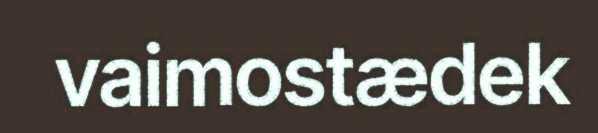
vaimostædek